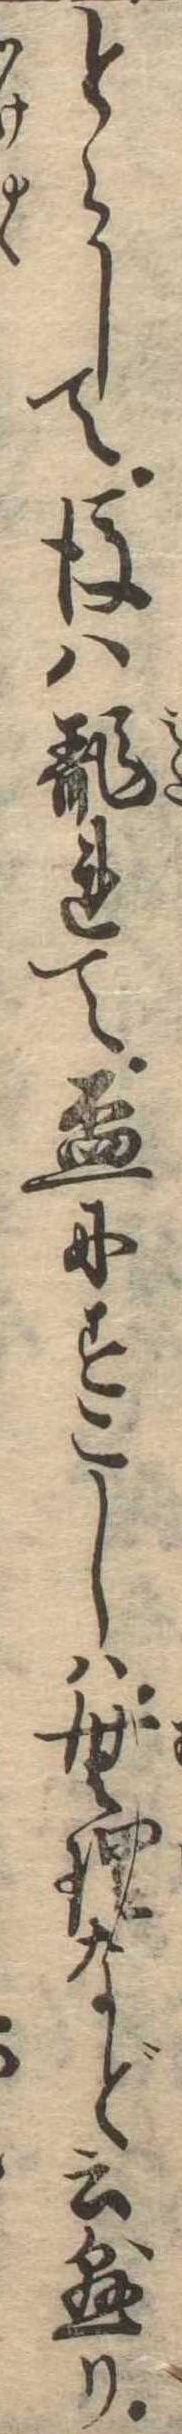
とらして後は乱れて杯にすこしは無理など云懸り